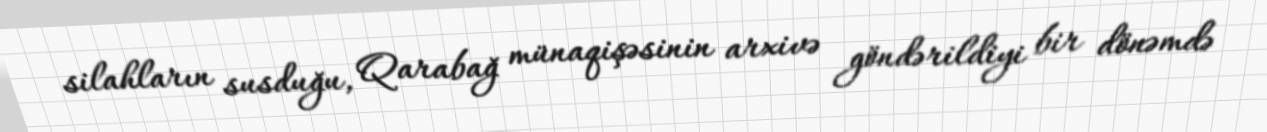
silahların susduğu, Qarabağ münaqişəsinin arxivə göndərildiyi bir dönəmdə